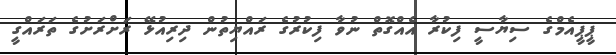
ޕީޕީއެމްގެ ސިޔާސީ ފިކުރާ އެއްގޮތް ނުވާ ފިކުރުގެ ރައްޔިތުން ދިރިއުޅޭ ރަށްރަށުގެ ތަރައްގީ